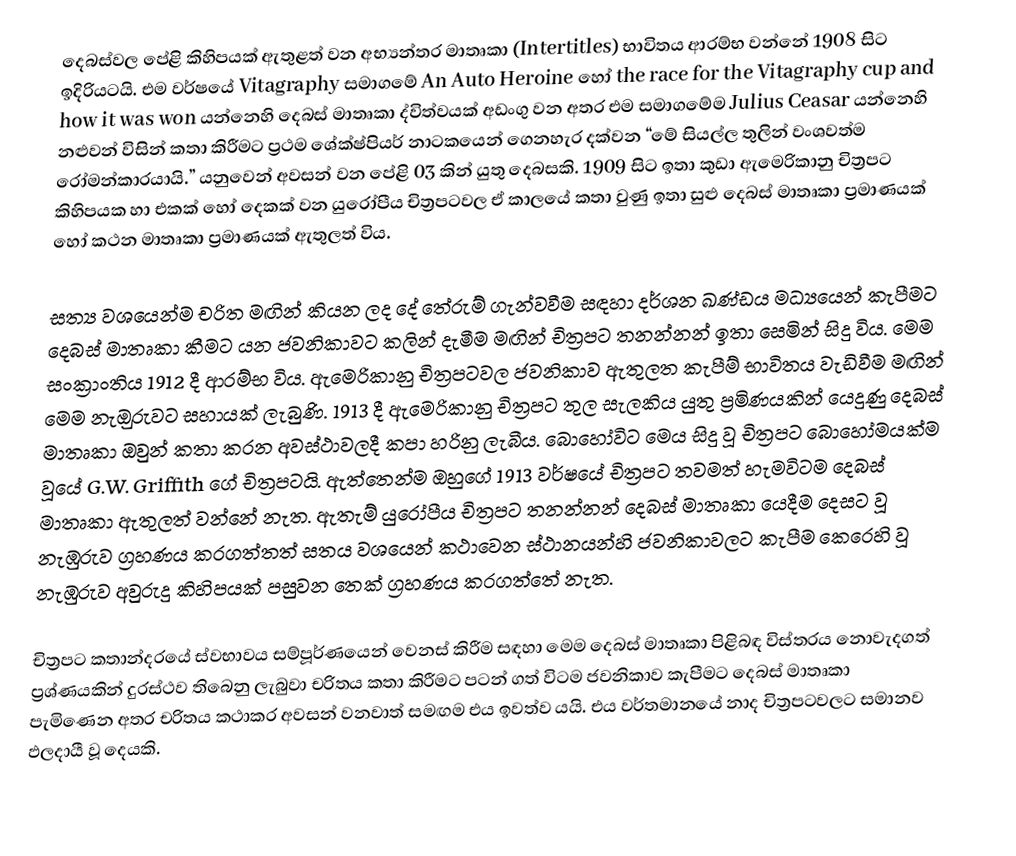
දෙබස්වල පේළි කිහිපයක් ඇතුළත් වන අභ්‍යන්තර මාතෘකා (Intertitles) භාවිතය ආරම්භ වන්නේ 1908 සිට ඉදිරියටයි. එම වර්ෂයේ Vitagraphy සමාගමේ An Auto Heroine හෝ the race for the Vitagraphy cup and how it was won යන්නෙහි දෙබස් මාතෘකා ද්විත්වයක් අඩංගු වන අතර එම සමාගමේම Julius Ceasar  යන්නෙහි නළුවන් විසින් කතා කිරීමට ප්‍රථම ශේක්ෂ්පියර් නාටකයෙන් ගෙනහැර දක්වන “මේ සියල්ල තුලින් වංශවත්ම රෝමන්කාරයායි.” යනුවෙන් අවසන් වන පේළි 03 කින් යුතු දෙබසකි. 1909 සිට ඉතා කුඩා ඇමෙරිකානු චිත්‍රපට කිහිපයක හා එකක් හෝ දෙකක් වන යුරෝපීය චිත්‍රපටවල ඒ කාලයේ කතා වුණු ඉතා සුළු දෙබස් මාතෘකා ප්‍රමාණයක් හෝ කථන මාතෘකා ප්‍රමාණයක් ඇතුලත් විය.

සත්‍ය වශයෙන්ම චරිත මඟින් කියන ලද දේ තේරුම් ගැන්වවීම සඳහා දර්ශන ඛණ්ඩය මධ්‍යයෙන් කැපීමට දෙබස් මාතෘකා කීමට යන ජවනිකාවට කලින්  දැමීම මඟින් චිත්‍රපට තනන්නන් ඉතා සෙමින් සිදු විය. මෙම සංක්‍රාංතිය 1912 දී ආරම්භ විය. ඇමෙරිකානු චිත්‍රපටවල ජවනිකාව ඇතුලත කැපීම් භාවිතය වැඩිවීම මඟින් මෙම නැඔුරුවට සහායක් ලැබුණි. 1913 දී ඇමෙරිකානු චිත්‍රපට තුල සැලකිය යුතු ප්‍රමිණයකින් යෙදුණු දෙබස් මාතෘකා ඔවුන් කතා කරන අවස්ථාවලදී කපා හරිනු ලැබීය. බොහෝවිට මෙය සිදු වූ‍ චිත්‍රපට බොහෝමයක්ම වූයේ G.W. Griffith ගේ චිත්‍රපටයි. ඇත්තෙන්ම ඔහුගේ 1913 වර්ෂයේ චිත්‍රපට තවමත් හැමවිටම දෙබස් මාතෘකා ඇතුලත් වන්නේ නැත. ඇතැම් යුරෝපීය චිත්‍රපට තනන්නන් දෙබස් මාතෘකා යෙදීම දෙසට වූ නැඹුරුව ග්‍රහණය කරගත්තත් සතය වශයෙන් කථාවෙන ස්ථානයන්හි ජවනිකාවලට කැපීම කෙරෙහි වූ නැඹුරුව අවුරුදු කිහිපයක් පසුවන තෙක් ග්‍රහණය කරගත්තේ නැත.

චිත්‍රපට කතාන්දරයේ ස්වභාවය සම්පූර්ණයෙන් වෙනස් කිරීම සඳහා මෙම දෙබස් මාතෘකා පිළිබඳ විස්තරය නොවැදගත් ප්‍රශ්ණයකින් දුරස්ථව තිබෙනු ලැබුවා චරිතය කතා කිරීමට පටන් ගත් විටම ජවනිකාව කැපීමට දෙබස් මාතෘකා පැමිණෙන අතර චරිතය කථාකර අවසන් වනවාත් සමඟම එය ඉවත්ව යයි. එය වර්තමානයේ නාද චිත්‍රපටවලට සමානව ඵලදායී වූ දෙයකි.